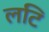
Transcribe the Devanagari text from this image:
लटि